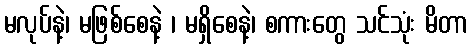
မလုပ်နဲ့၊ မဖြစ်စေနဲ့ ၊ မရှိစေနဲ့၊ စကားတွေ သင်သုံး မိတာ